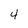
Character: 4